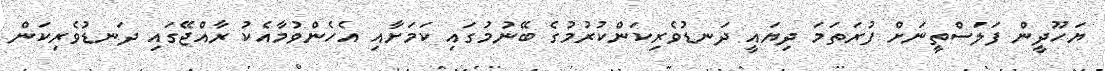
ޔަހޫދީން ފަލަސްތީނަށް ފުރަތަމަ ދިޔައީ ދަނޑުވެރިކަންކުރުމުގެ ބޭނުމުގައި ކަމަށާއި އެހެންވުމާއެކު ރާއްޖޭގައި ދަނޑުވެރިކަން